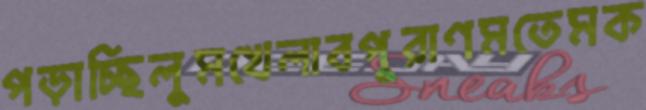
পড়াচ্ছিলুমখেলাবপুরাণমতেমক